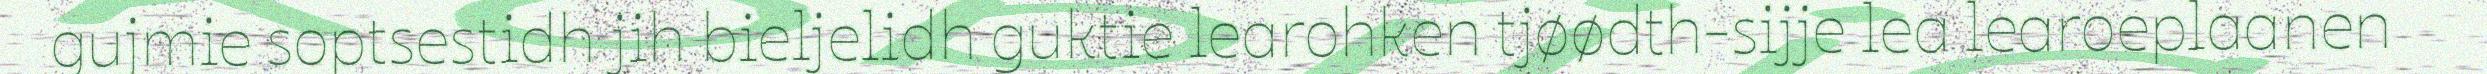
gujmie soptsestidh jih bieljelidh guktie learohken tjøødth-sijje lea learoeplaanen